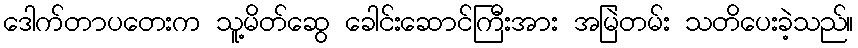
ဒေါက်တာပတေးက သူ့မိတ်ဆွေ ခေါင်းဆောင်ကြီးအား အမြဲတမ်း သတိပေးခဲ့သည်။